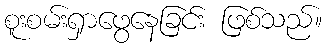
စူးစမ်းရှာဖွေနေခြင်း ဖြစ်သည်။